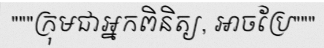
"""ក្រុមជាអ្នកពិនិត្យ, អាចប្រែ"""